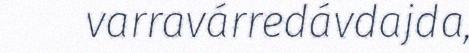
varravárredávdajda,